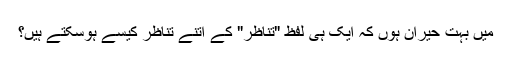
میں بہت حیران ہوں کہ ایک ہی لفظ "تناظر" کے اتنے تناظر کیسے ہوسکتے ہیں؟